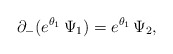
\begin{align*}\partial _-(e^{\theta _1}\,\Psi _1)=e^{\theta _1}\,\Psi _2,\end{align*}